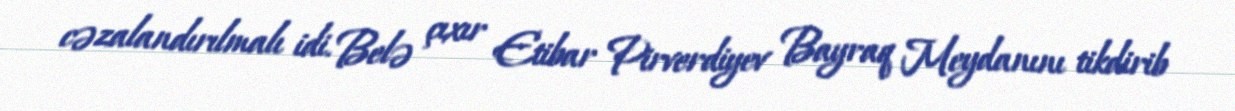
cəzalandırılmalı idi. Belə çıxır Etibar Pirverdiyev Bayraq Meydanını tikdirib